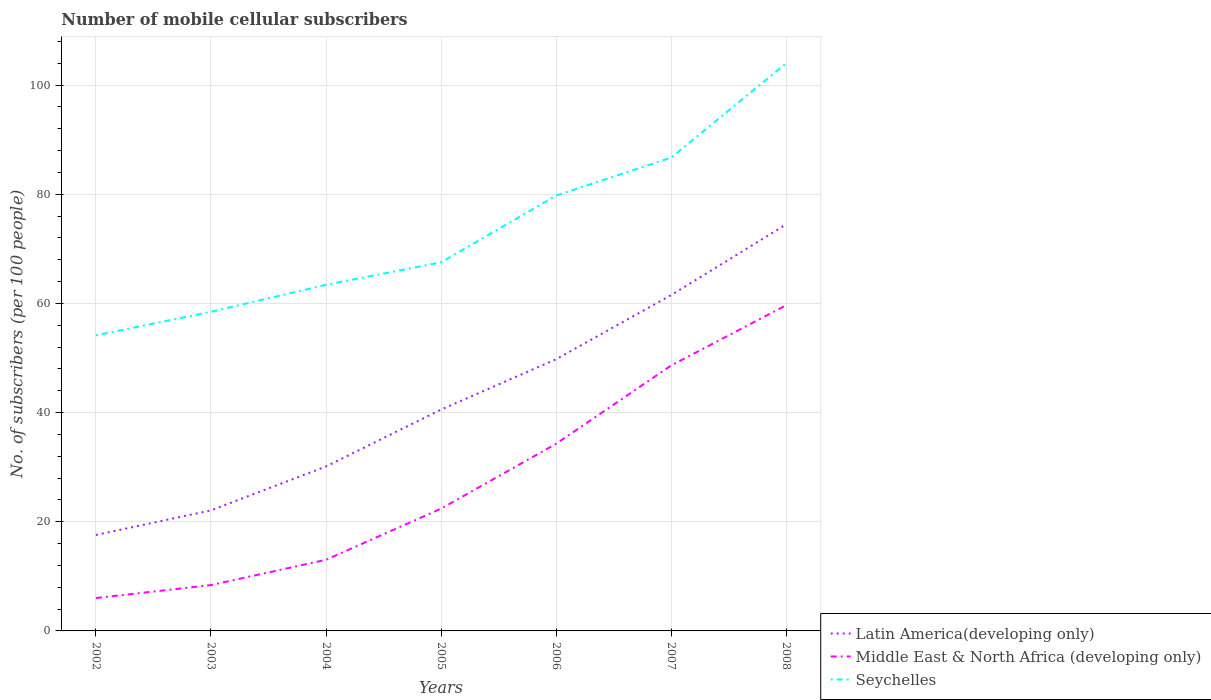
| Years | Latin America(developing only) | Middle East & North Africa (developing only) | Seychelles |
 | --- | --- | --- | --- |
 | 2002 | 17.6 | 6.02 | 54.1 |
 | 2003 | 22.1 | 8.4 | 58.5 |
 | 2004 | 30.1 | 13 | 63.4 |
 | 2005 | 40.5 | 22.4 | 67.5 |
 | 2006 | 49.8 | 34.3 | 79.7 |
 | 2007 | 61.5 | 48.6 | 86.7 |
 | 2008 | 74.5 | 59.7 | 104 |